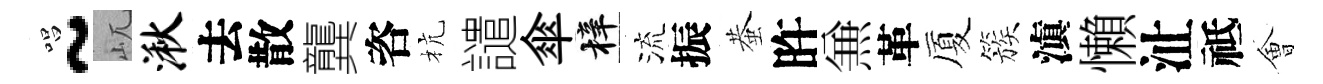
唱~屼湫去散龔咨杭譴傘梓流振蛬旿𠔥革厦簇滇懶沚祗㑹